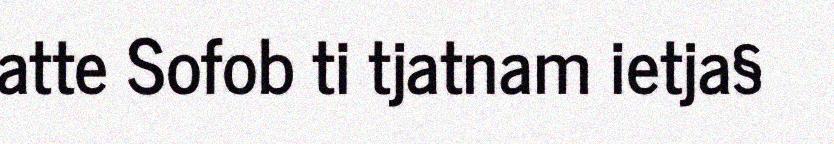
atte Sofob ti tjatnam ietja§